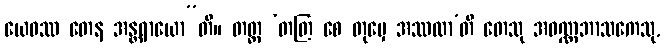
ယေဝဿ တေန အန္တရာယော”တိ။ တတ္ထ ‘တတြ စေ တုမှေ အဿထာ’တိ တေသု အဝဏ္ဏဘာသကေသု,